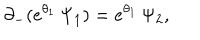
\partial _ { - } ( e ^ { \theta _ { 1 } } \, \Psi _ { 1 } ) = e ^ { \theta _ { 1 } } \, \Psi _ { 2 } ,